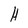
Character: H